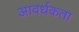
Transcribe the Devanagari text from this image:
आवर्धकता